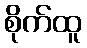
စိုက်ထူ